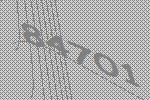
84701